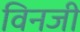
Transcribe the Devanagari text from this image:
विनजी